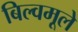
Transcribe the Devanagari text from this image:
बिल्वमूले